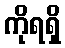
ကိုရရှိ